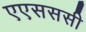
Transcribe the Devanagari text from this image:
एएसससी